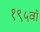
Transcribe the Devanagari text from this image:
१९५वॉ